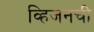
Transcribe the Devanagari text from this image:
व्हिजनची